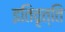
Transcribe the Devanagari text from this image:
इतिवृत्ति